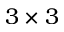
3 \times 3